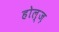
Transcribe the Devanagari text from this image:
होल्ज़